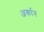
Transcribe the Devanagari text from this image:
अर्कान